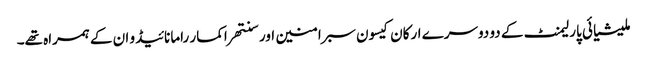
ملیشیائی پارلیمنٹ کے دو دوسرے ارکان کیسون سبرامنین اور سنتھراکمار رامانائیڈو ان کے ہمراہ تھے۔